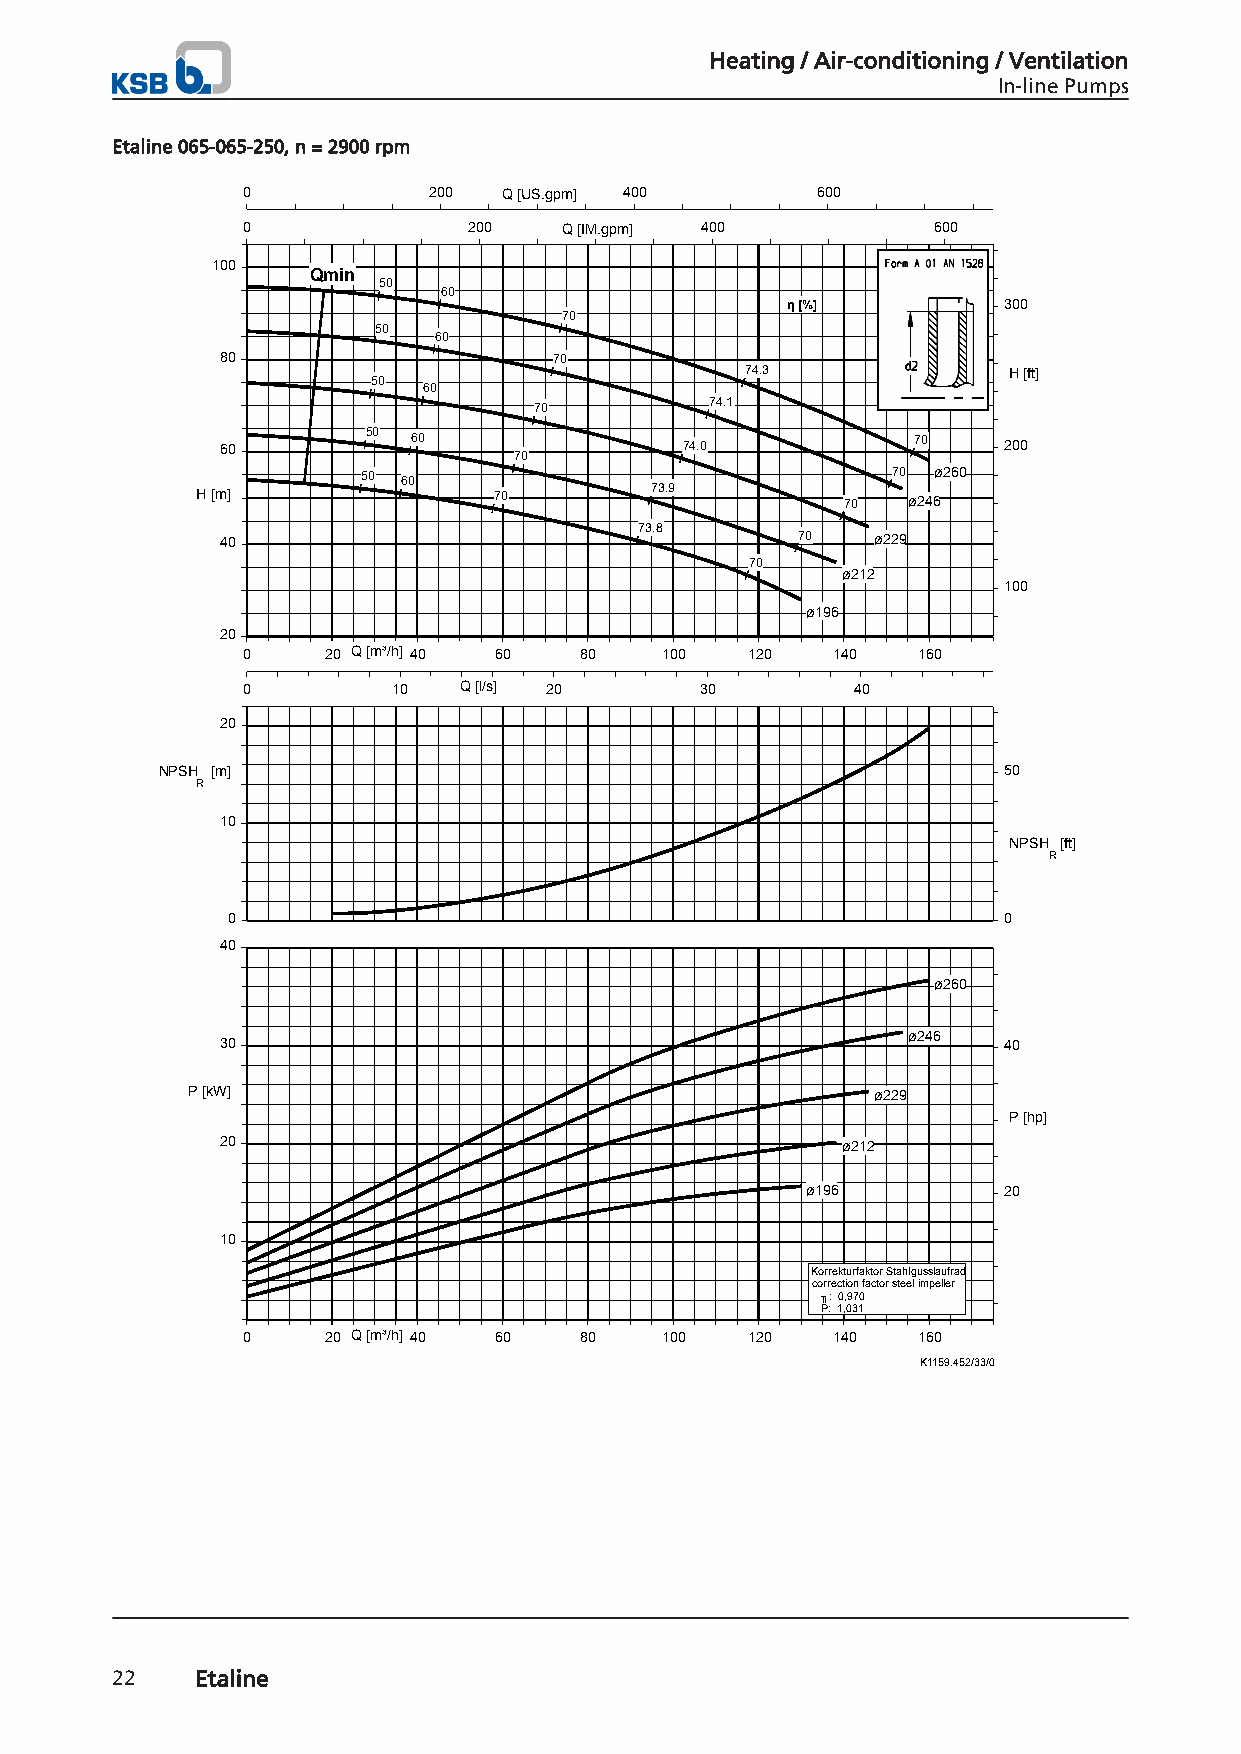
Heating / Air-conditioning / Ventilation
 In-line Pumps
 Etaline 065-065-250, n = 2900 rpm
 0           200  Q [US.gpm] 400       600
 0              200   Q [IM.gpm] 400           600
 100
 Qmin
 50
 60
 η [%]         300
 70
 50
 60
 80                    70
 74.3              H [ft]
 50
 60
 74.1
 70
 60       50 60                74.0            70   200
 70
 50 60                              70 ø260
 H [m]               70        73.9         70  ø246
 73.8
 40                                    70   ø229
 70
 ø212
 100
 ø196
 20
 0    20 Q [m³/h] 40 60 80   100  120   140   160
 0         10  Q [l/s] 20      30        40
 20
 NPSH [m]                                                50
 R
 10
 NPSH [ft]
 R
 0                                                  0
 40
 ø260
 ø246
 30                                                 40
 P [kW]                                        ø229
 P [hp]
 20                                       ø212
 ø196         20
 10
 Korrekturfaktor Stahlgusslaufrad
 correction factor steel impeller
 ╖: 0,970
 P: 1,031
 0    20 Q [m³/h] 40 60 80   100  120   140   160
 K1159.452/33/0
 22    Etaline